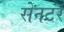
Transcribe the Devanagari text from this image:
सेनटर